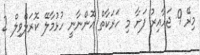
މިރޭ 9 ޖަހާއިރު ފަށާ މި ހަރަކާތް އޮންނާނީ ހުޅުމާލޭ ކޮރަލްވިލް 2